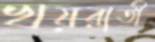
খয়রাতী